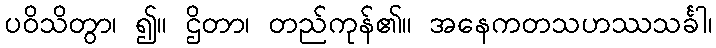
ပဝိသိတွာ၊ ၍။ ဌိတာ၊ တည်ကုန်၏။ အနေကတသဟဿသင်္ခါ၊